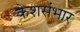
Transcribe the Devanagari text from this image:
केशसंभार